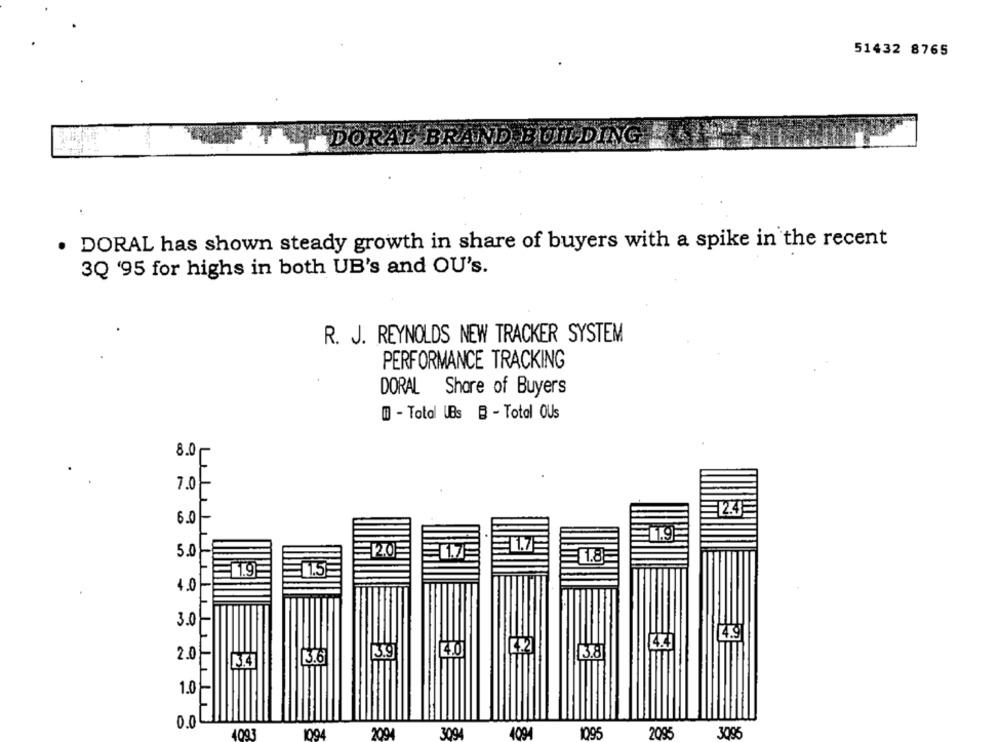
51432 8765
DORAL BRAND BUILD
· DORAL has shown steady growth in share of buyers with a spike in the recent
3Q '95 for highs in both UB's and OU's.
R. J. REYNOLDS NEW TRACKER SYSTEM
PERFORMANCE TRACKING
DORAL Share of Buyers
m - Total UBs B - Total OUs
8.0-
1
7.0-
T24
6.0-
11.75
5.0-
io
=120
= 1.8
1.5
1.0-
3.0
4.9
44
40
2.0
3.6
3.9
13.8
13.4
1.0
0.0
1003
1004
2004
309
4094
1095
2095
3095